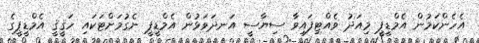
އެހެންކަމުން އެމްޑީޕީ މިއަދު ވެއްޓިފައިވާ ސިޔާސީ އަނދަވަޅުން އެމްޑީޕީ ނެގުމަށްޓަކައި ހަޤީޤީ އެމްޑީޕީގެ